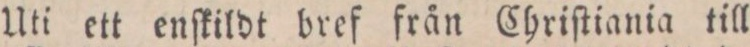
Uti ett enſkildt bref från Chriſtiania till